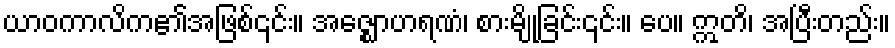
ယာဝကာလိက၏အဖြစ်၎င်း။ အဇ္ဈောဟရဏံ၊ စားမျိုခြင်း၎င်း။ ပေ။ ဣတိ၊ အပြီးတည်း။